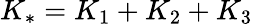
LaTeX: K_{*}=K_{1}+K_{2}+K_{3}